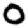
Digit: 0